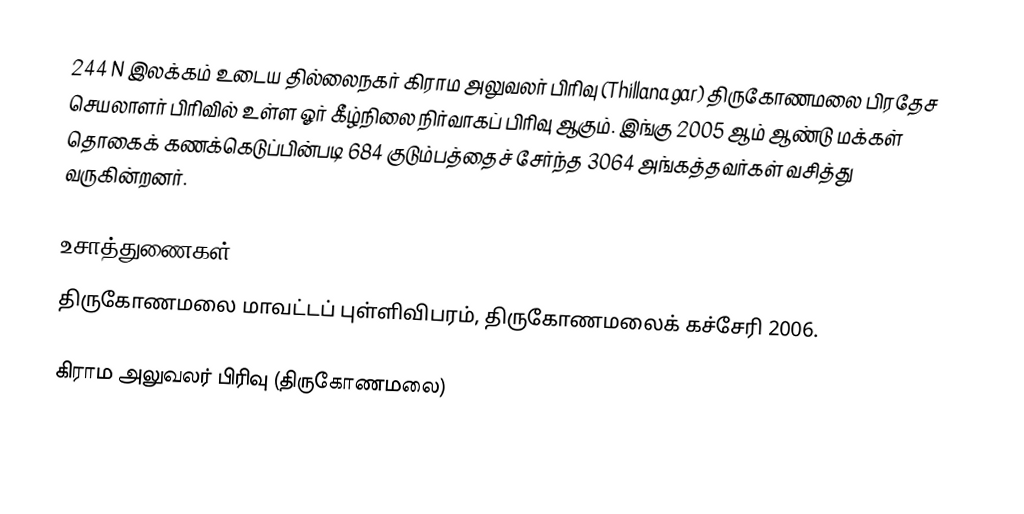
244 N இலக்கம்  உடைய தில்லைநகர் கிராம அலுவலர் பிரிவு  (Thillanagar) திருகோணமலை பிரதேச செயலாளர் பிரிவில் உள்ள ஓர் கீழ்நிலை நிர்வாகப் பிரிவு ஆகும். இங்கு 2005 ஆம் ஆண்டு மக்கள் தொகைக் கணக்கெடுப்பின்படி 684 குடும்பத்தைச் சேர்ந்த 3064 அங்கத்தவர்கள் வசித்து வருகின்றனர்.

உசாத்துணைகள்
திருகோணமலை மாவட்டப் புள்ளிவிபரம், திருகோணமலைக் கச்சேரி 2006.

கிராம அலுவலர் பிரிவு (திருகோணமலை)